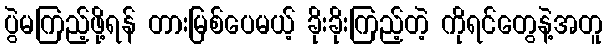
ပွဲမကြည့်ဖို့ရန် တားမြစ်ပေမယ့် ခိုးခိုးကြည့်တဲ့ ကိုရင်တွေနဲ့အတူ